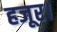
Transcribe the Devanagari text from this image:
हजूर।